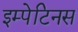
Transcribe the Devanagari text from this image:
इम्पेटिनस